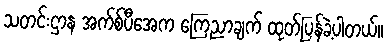
သတင်းဌာန အက်စ်ပီအေက ကြေညာချက် ထုတ်ပြန်ခဲ့ပါတယ်။